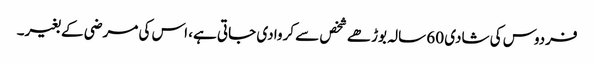
فردوس کی شادی 60 سالہ بوڑھے شخص سے کروا دی جاتی ہے، اس کی مرضی کے بغیر۔